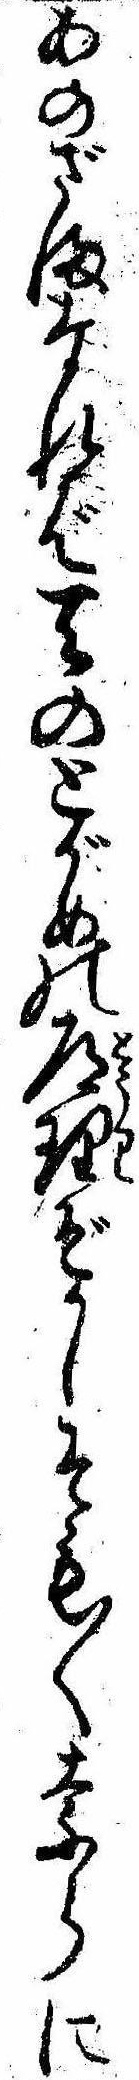
あのざまなれば天のとがめの道理ぞかしそも〱奈らに